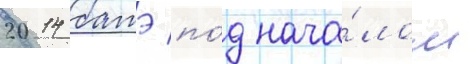
2014 батэ по́д нача́лом